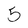
Character: 5